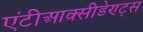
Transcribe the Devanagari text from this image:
एंटीआक्सीडेण्ट्स